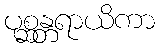
ပုစ္ဆန္တရာယိကာ